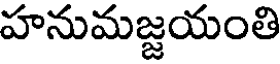
హనుమజ్జయంతి